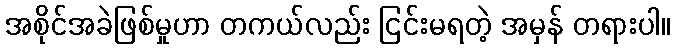
အစိုင်အခဲဖြစ်မှုဟာ တကယ်လည်း ငြင်းမရတဲ့ အမှန် တရားပါ။